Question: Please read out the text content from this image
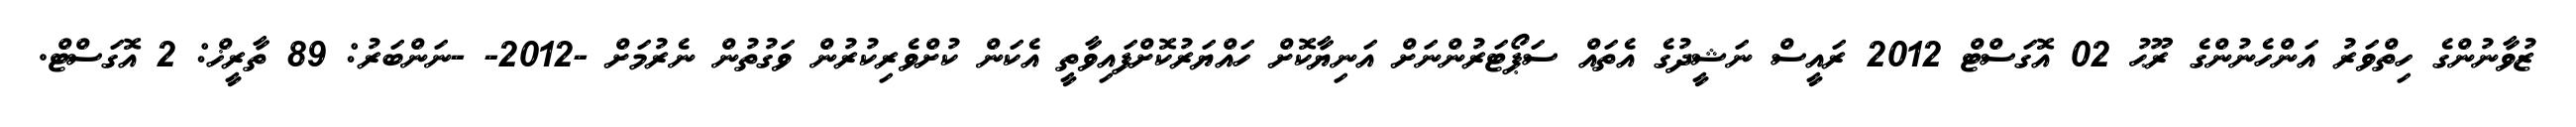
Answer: ޒުވާނުންގެ ހިތްވަރު އަންހެނުންގެ ރޫޙު 02 އޮގަސްޓް 2012 ރައީސް ނަޝީދުގެ އެތައް ސަޕޯޓަރުންނަށް އަނިޔާކޮށް ހައްޔަރުކޮށްފައިވާތީ އެކަން ކުށްވެރިކުރުން ވަގުތުން ނެރުމަށް -2012- -ނަންބަރު: 89 ތާރީޚް: 2 އޮގަސްޓް.